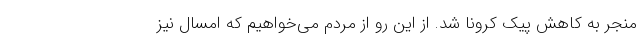
منجر به کاهش پیک کرونا شد. از این رو از مردم می‌خواهیم که امسال نیز